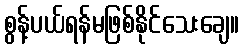
စွန့်ပယ်ရန်မဖြစ်နိုင်သေးချေ။